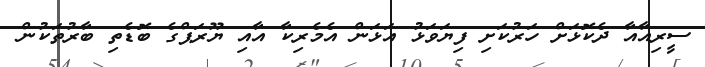
ސީރިއާއާ ދެކޮޅަށް ހަރުކަށި ފިޔަވަޅު އަޅަން އެމެރިކާ އާއި ޔޫރަޕްގެ ބޮޑެތި ބާރުތަކުން